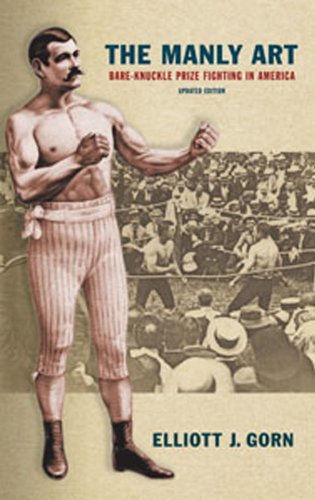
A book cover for The Manly Art: Bare-Knuckle Prize Fighting in America; Elliott J. Gorn; Sports & Outdoors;